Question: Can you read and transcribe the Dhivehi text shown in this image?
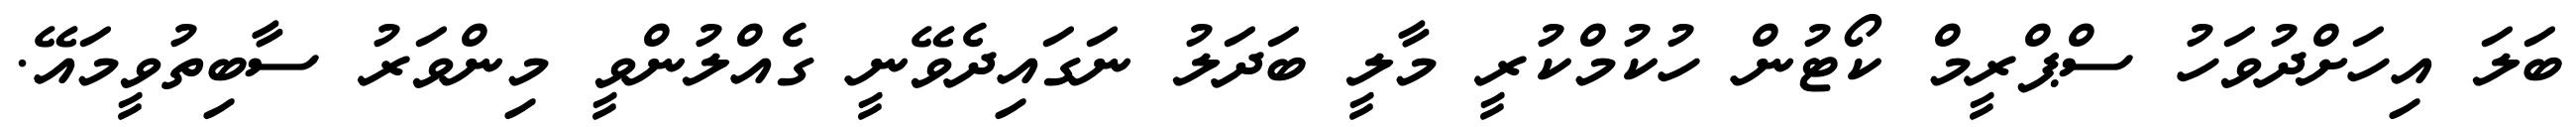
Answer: ބަލަ އިހަށްދުވަހު ސްޕްރީމް ކޯޓުން ހުކުމްކުރީ މާލީ ބަދަލު ނަގައިދެވޭނީ ގެއްލުންވީ މިންވަރު ސާބިތުވީމައޭ.